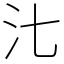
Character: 㲺